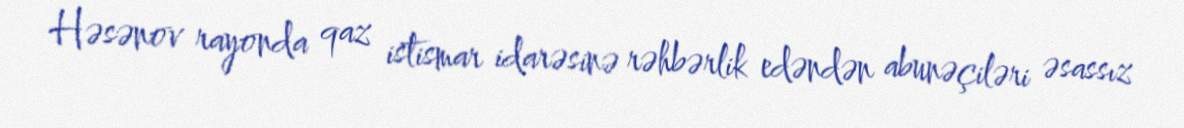
Həsənov rayonda qaz istismar idarəsinə rəhbərlik edəndən abunəçiləri əsassız